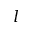
l